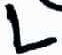
Text: L